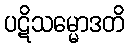
ပဋိသမ္မောဒတိ